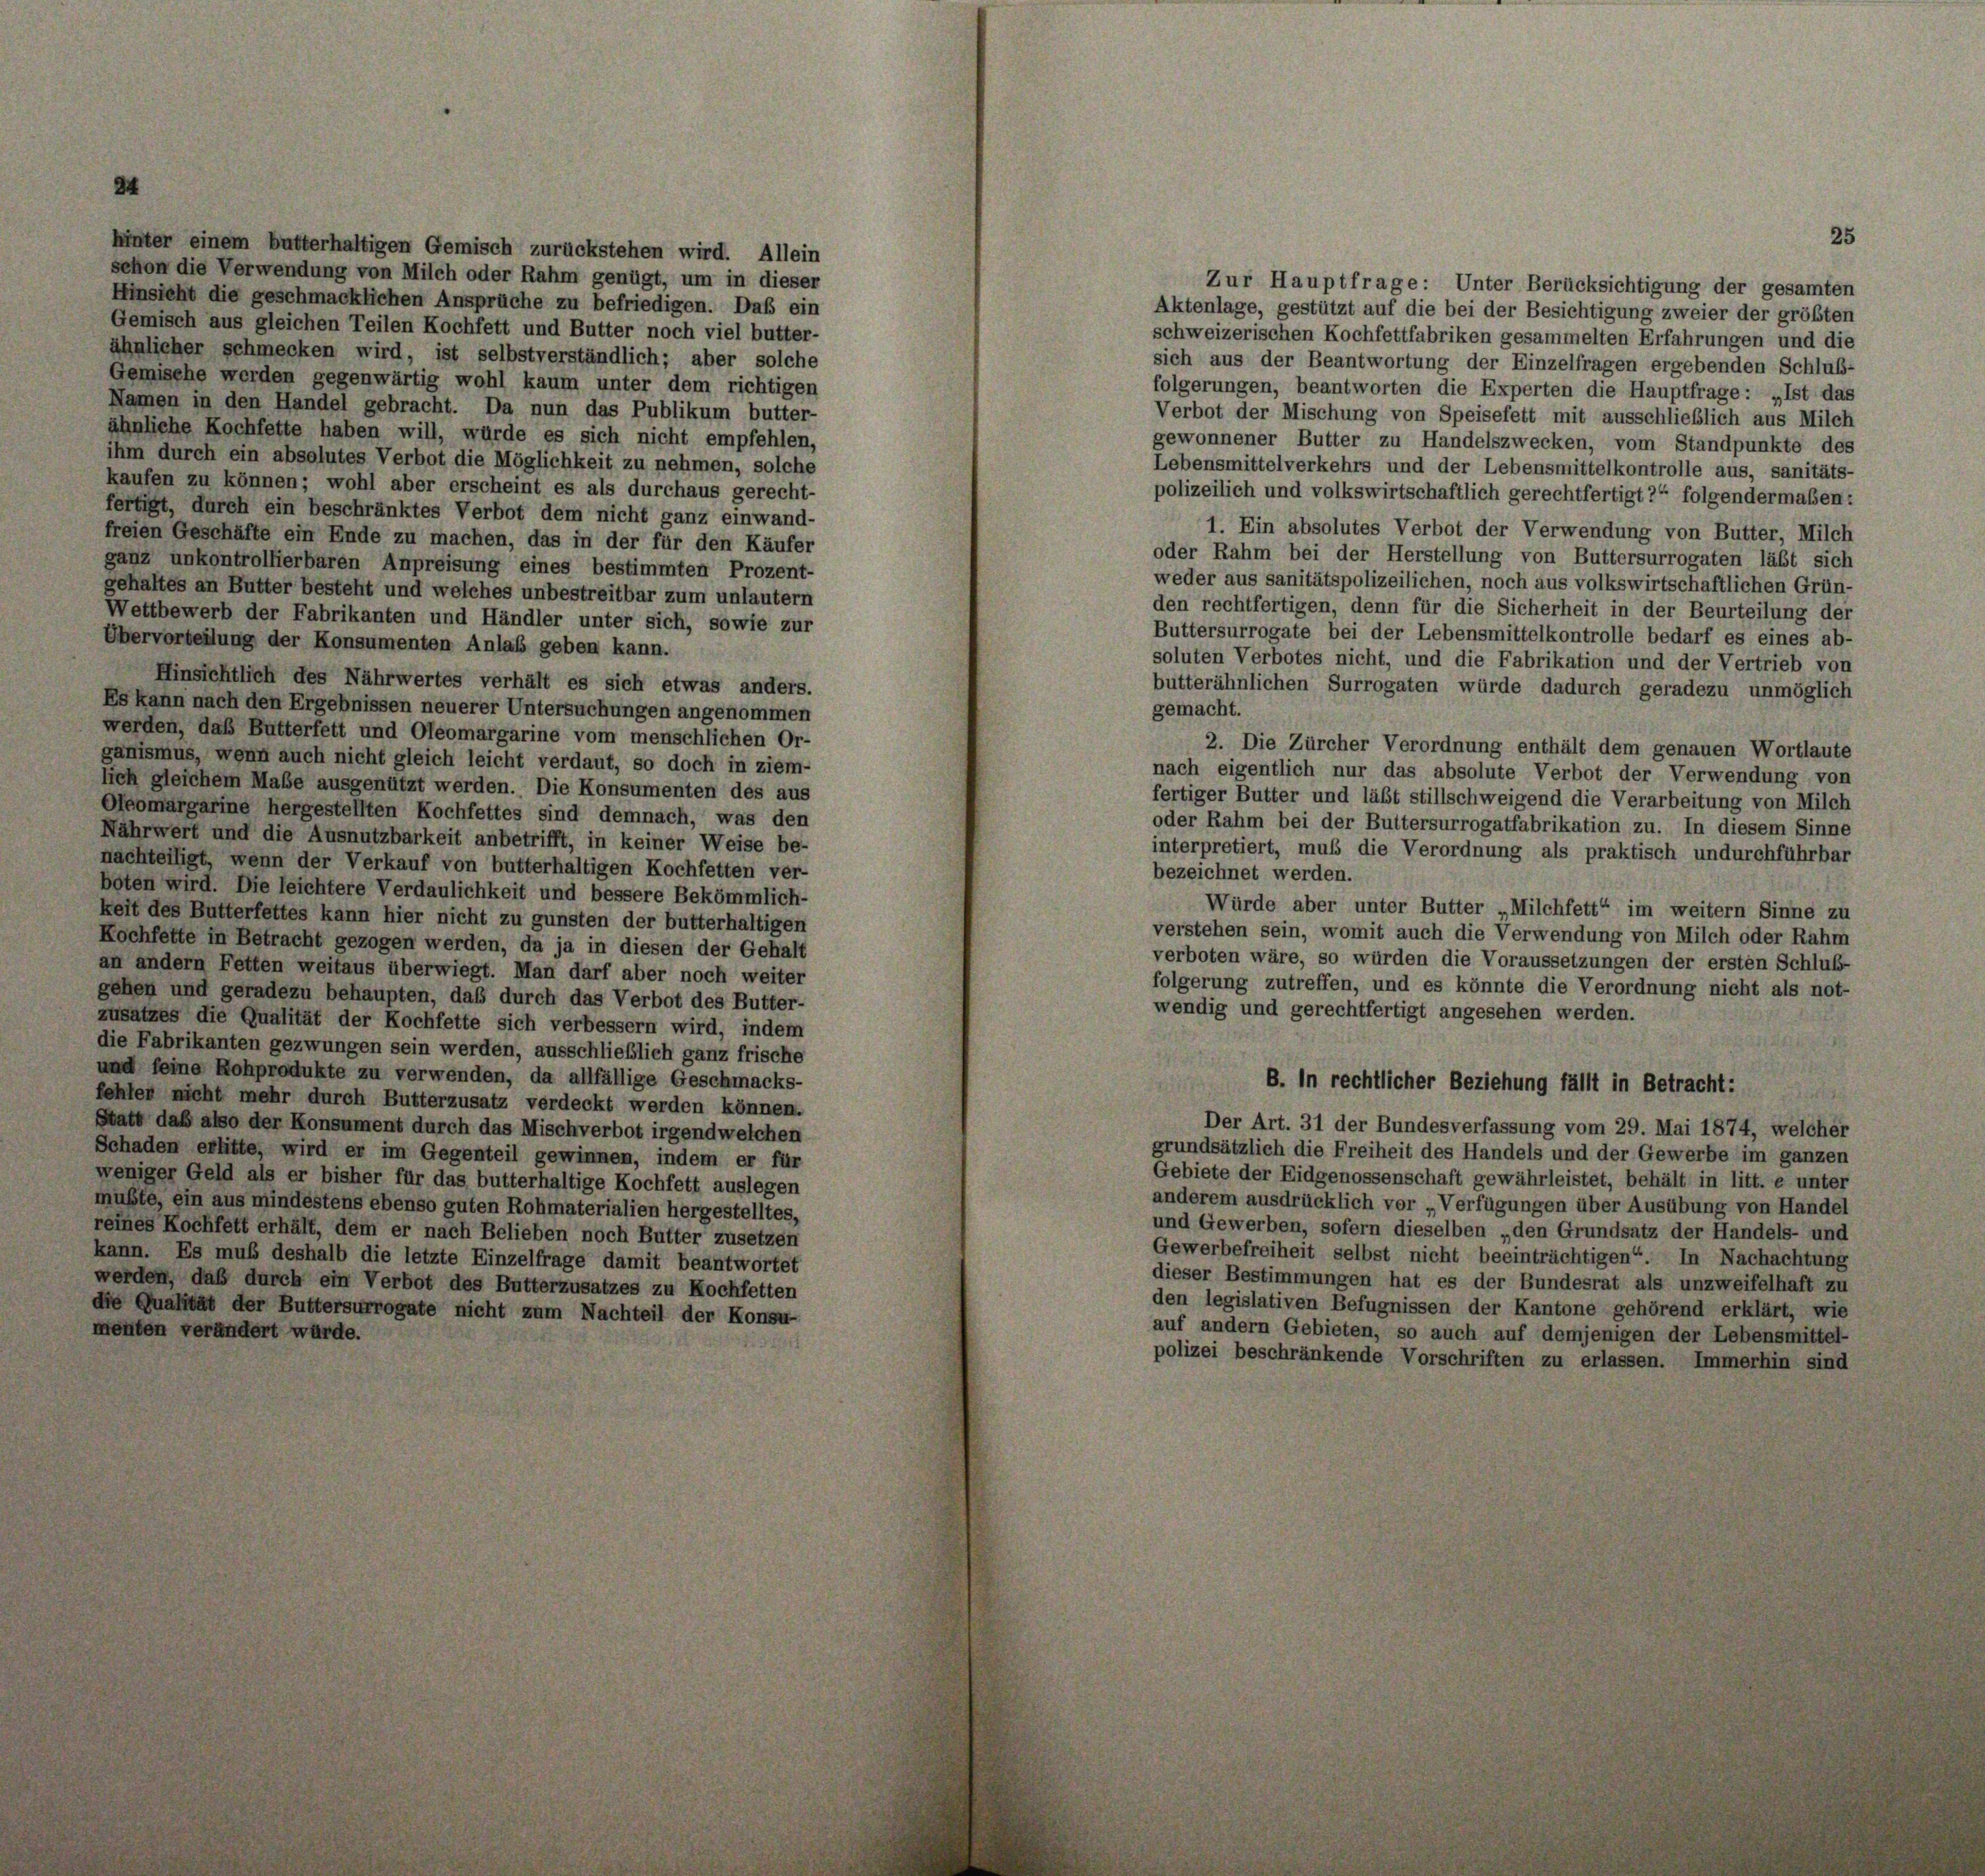
hinter einem butterhaltigen Gemisch zurückstehen wird. Allein
schon die Verwendung von Milch oder Rahm genügt, um in dieser
Hinsicht die geschmacklichen Ansprüche zu befriedigen. Daß ein
Gemisch aus gleichen Teilen Kochfett und Butter noch viel butter-
ähnlicher schmecken wird, ist selbstverständlich; aber solche
Gemische werden gegenwärtig wohl kaum unter dem richtigen
Namen in den Handel gebracht. Da nun das Publikum butter-
ähnliche Kochfette haben will, würde es sich nicht empfehlen,
ihm durch ein absolutes Verbot die Möglichkeit zu nehmen, solche
kaufen zu können; wohl aber erscheint es als durchaus gerecht-
fertigt, durch ein beschränktes Verbot dem nicht ganz einwand-
freien Geschäfte ein Ende zu machen, das in der für den Käufer
ganz unkontrollierbaren Anpreisung eines bestimmten Prozent-
gehaltes an Butter besteht und welches unbestreitbar zum unlautern
Wettbewerb der Fabrikanten und Händler unter sich, sowie zur
Übervorteilung der Konsumenten Anlaß geben kann.
Hinsichtlich des Nährwertes verhält es sich etwas anders.
Es kann nach den Ergebnissen neuerer Untersuchungen angenommen
werden, daß Butterfett und Oleomargarine vom menschlichen Or-
ganismus, wenn auch nicht gleich leicht verdaut, so doch in ziem-
lich gleichem Maße ausgenützt werden. Die Konsumenten des aus
Oleomargarine hergestellten Kochfettes sind demnach, was den
Nährwert und die Ausnutzbarkeit anbetrifft, in keiner Weise be-
nachteiligt, wenn der Verkauf von butterhaltigen Kochfetten ver-
boten wird. Die leichtere Verdaulichkeit und bessere Bekömmlich-
keit des Butterfettes kann hier nicht zu gunsten der butterhaltigen
Kochfette in Betracht gezogen werden, da ja in diesen der Gehalt
an andern Fetten weitaus überwiegt. Man darf aber noch weiter
gehen und geradezu behaupten, daß durch das Verbot des Butter-
zusatzes die Qualität der Kochfette sich verbessern wird, indem
die Fabrikanten gezwungen sein werden, ausschließlich ganz frische
und feine Rohprodukte zu verwenden, da allfällige Geschmacks-
fehler nicht mehr durch Butterzusatz verdeckt werden können.
Statt daß also der Konsument durch das Mischverbot irgendwelchen
Schaden erlitte, wird er im Gegenteil gewinnen, indem er für
weniger Geld als er bisher für das butterhaltige Kochfett auslegen
mußte, ein aus mindestens ebenso guten Rohmaterialien hergestelltes,
reines Kochfett erhält, dem er nach Belieben noch Butter zusetzen
kann. Es muß deshalb die letzte Einzelfrage damit beantwortet
werden, daß durch ein Verbot des Butterzusatzes zu Kochfetten
die Qualität der Buttersurrogate nicht zum Nachteil der Konsu-
menten verändert wurde.

gemacht.
2. Die Zürcher Verordnung enthält dem genauen Wortlaute
nach eigentlich nur das absolute Verbot der Verwendung von
fertiger Butter und läßt stillschweigend die Verarbeitung von Milch
oder Rahm bei der Buttersurrogatfabrikation zu. In diesem Sinne
interpretiert, muß die Verordnung als praktisch undurchführbar
bezeichnet werden.
Würde aber unter Butter „Milchfett“ im weitern Sinne zu
verstehen sein, womit auch die Verwendung von Milch oder Rahm
verboten wäre, so würden die Voraussetzungen der ersten Schluß-
folgerung zutreffen, und es könnte die Verordnung nicht als not-
wendig und gerechtfertigt angesehen werden.
B. In rechtlicher Beziehung fällt in Betracht:
Der Art. 31 der Bundesverfassung vom 29. Mai 1874, welcher
grundsätzlich die Freiheit des Handels und der Gewerbe im ganzen
Gebiete der Eidgenossenschaft gewährleistet, behält in litt. e unter
anderem ausdrücklich vor „Verfügungen über Ausübung von Handel
und Gewerben, sofern dieselben „den Grundsatz der Handels- und
Gewerbefreiheit selbst nicht beeinträchtigen“ In Nachachtung
dieser Bestimmungen hat es der Bundesrat als unzweifelhaft zu
den legislativen Befugnissen der Kantone gehörend erklärt, wie
auf andern Gebieten, so auch auf demjenigen der Lebensmittel-
polizei beschränkende Vorschriften zu erlassen. Immerhin sind

Zur Hauptfrage: Unter Berücksichtigung der gesamten
Aktenlage, gestützt auf die bei der Besichtigung zweier der größten
schweizerischen Kochfettfabriken gesammelten Erfahrungen und die
sich aus der Beantwortung der Einzelfragen ergebenden Schluß-
folgerungen, beantworten die Experten die Hauptfrage: „Ist das
Verbot der Mischung von Speisefett mit ausschließlich aus Milch
gewonnener Butter zu Handelszwecken, vom Standpunkte des
Lebensmittelverkehrs und der Lebensmittelkontrolle aus, sanitäts-
polizeilich und volkswirtschaftlich gerechtfertigt?“ folgendermaßen:
1. Ein absolutes Verbot der Verwendung von Butter, Milch
oder Rahm bei der Herstellung von Buttersurrogaten läßt sich
weder aus sanitätspolizeilichen, noch aus volkswirtschaftlichen Grün-
den rechtfertigen, denn für die Sicherheit in der Beurteilung der
Buttersurrogate bei der Lebensmittelkontrolle bedarf es eines ab-
soluten Verbotes nicht, und die Fabrikation und der Vertrieb von
butterähnlichen Surrogaten würde dadurch geradezu unmöglich

25